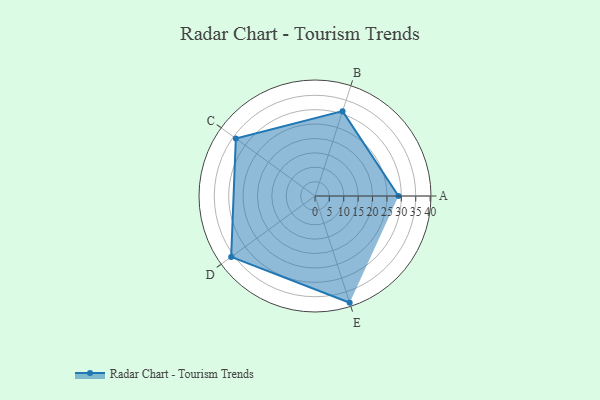
{"axis": {"x": "Skill", "y": "Score"}, "legend": ["Profile"], "data": [{"x": "A", "y": 29.0, "type": "Profile"}, {"x": "B", "y": 31.0, "type": "Profile"}, {"x": "C", "y": 34.0, "type": "Profile"}, {"x": "D", "y": 36.0, "type": "Profile"}, {"x": "E", "y": 39.0, "type": "Profile"}]}